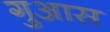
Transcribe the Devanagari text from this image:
गुआस